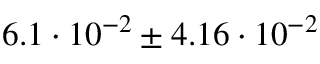
6 . 1 \cdot 1 0 ^ { - 2 } \pm 4 . 1 6 \cdot 1 0 ^ { - 2 }